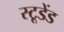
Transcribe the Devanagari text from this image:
स्टूडेंड